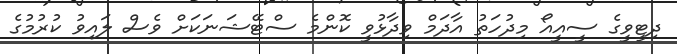
ދިޓީވީގެ ސީއީއޯ މިދުހަތު އާދަމް ވިދާޅުވީ ކޮންމެ ސްޓޭޝަނަކަށް ވެސް ލައިވު ކުރުމުގެ